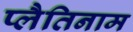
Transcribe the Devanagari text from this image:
प्लैतिनाम